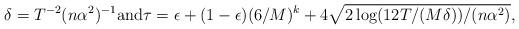
LaTeX: \begin{align*} \delta=T^{-2}(n\alpha^2)^{-1} \mbox{and} \tau=\epsilon + (1-\epsilon)(6/M)^k + 4\sqrt{2 \log(12T/(M\delta))/(n\alpha^2)}, \end{align*}